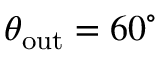
\theta _ { \mathrm { o u t } } = 6 0 ^ { \circ }